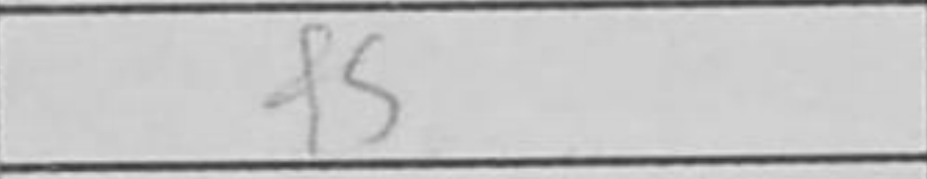
Transcription: f5